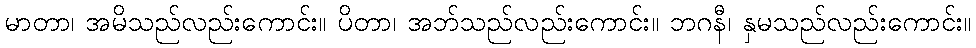
မာတာ၊ အမိသည်လည်းကောင်း။ ပိတာ၊ အဘ်သည်လည်းကောင်း။ ဘဂနီ၊ နှမသည်လည်းကောင်း။